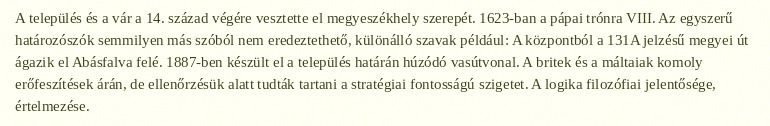
A település és a vár a 14. század végére vesztette el megyeszékhely szerepét. 1623-ban a pápai trónra VIII. Az egyszerű határozószók semmilyen más szóból nem eredeztethető, különálló szavak például: A központból a 131A jelzésű megyei út ágazik el Abásfalva felé. 1887-ben készült el a település határán húzódó vasútvonal. A britek és a máltaiak komoly erőfeszítések árán, de ellenőrzésük alatt tudták tartani a stratégiai fontosságú szigetet. A logika filozófiai jelentősége, értelmezése.